Senior Leaving Certificate Examination (including Day School Certificate (Higher) General paper), 1946
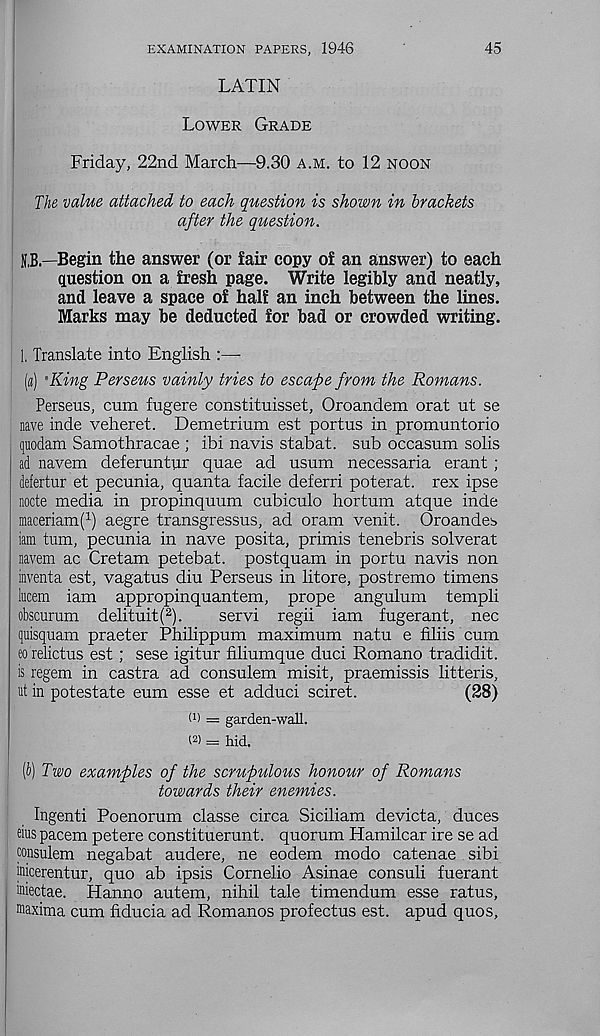
EXAMINATION PAPERS, 1946
45
LATIN
Lower Grade
Friday, 22nd March—9.30 a.m. to 12 noon
The value attached to each question is shown in brackets
after the question.
N,B—Begin the answer (or fair copy of an answer) to each
question on a fresh page. Write legibly and neatly,
and leave a space of half an inch between the lines.
Marks may be deducted for bad or crowded writing.
1, Translate into English :—
(a) 'King Perseus vainly tries to escape from the Romans.
Perseus, cum fugere constituisset, Oroandem orat ut se
nave inde veheret. Demetrium est portus in promuntorio
quodam Samothracae ; ibi navis stabat. sub occasum solis
ad navem deferuntur quae ad usum necessaria erant;
defertur et pecunia, quanta facile deferri poterat. rex ipse
node media in propinquum cubiculo hortum atque inde
maceriam( 1 ) aegre transgressus, ad oram venit. Oroandes
iara turn, pecunia in nave posita, primis tenebris solverat
navem ac Cretam petebat. postquam in portu navis non
inventa est, vagatus diu Perseus in litore, postremo timens
lucem iam appropinquantem, prope angulum templi
obscurum delituit( 2 ).
servi regii iam fugerant, nec
quisquam praeter Philippum maximum natu e filiis cum
eo relictus est; sese igitur filiumque duci Romano tradidit.
is regem in castra ad consulem misit, praemissis litteris,
ut in potestate eum esse et adduci sciret.
(28)
(n - garden-wall,
o) = hid.
(b) Two examples of the scrupulous honour of Romans
towards their enemies.
Ingenti Poenorum classe circa Siciliam devicta, duces
eius pacem petere constituerunt. quorum Hamilcar ire se ad
consulem negabat audere, ne eodem modo catenae sibi
jnicerentur, quo ab ipsis Cornelio Asinae consul! fuerant
iniectae. Hanno autem, nihil tale timendum esse ratus,
maxima cum fiducia ad Romanos profectus est. apud quos.